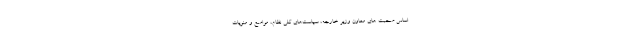
اساس صحبت های معاون وزیر خارجه، سیاست‌های کلی نظام، مواضع و منویات